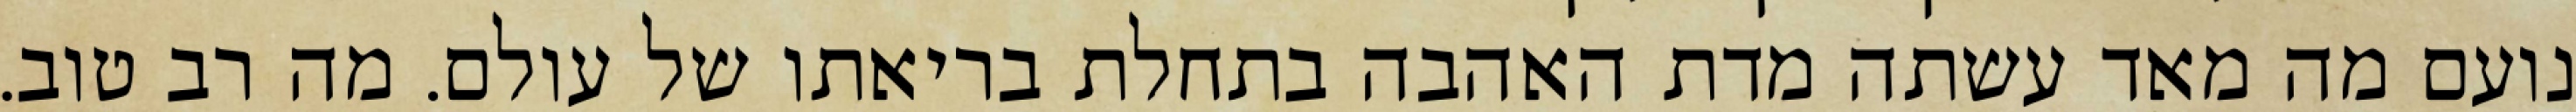
נועם מה מאד עשתה מדת האהבה בתחלת בריאתו של עולם. מה רב טוב.